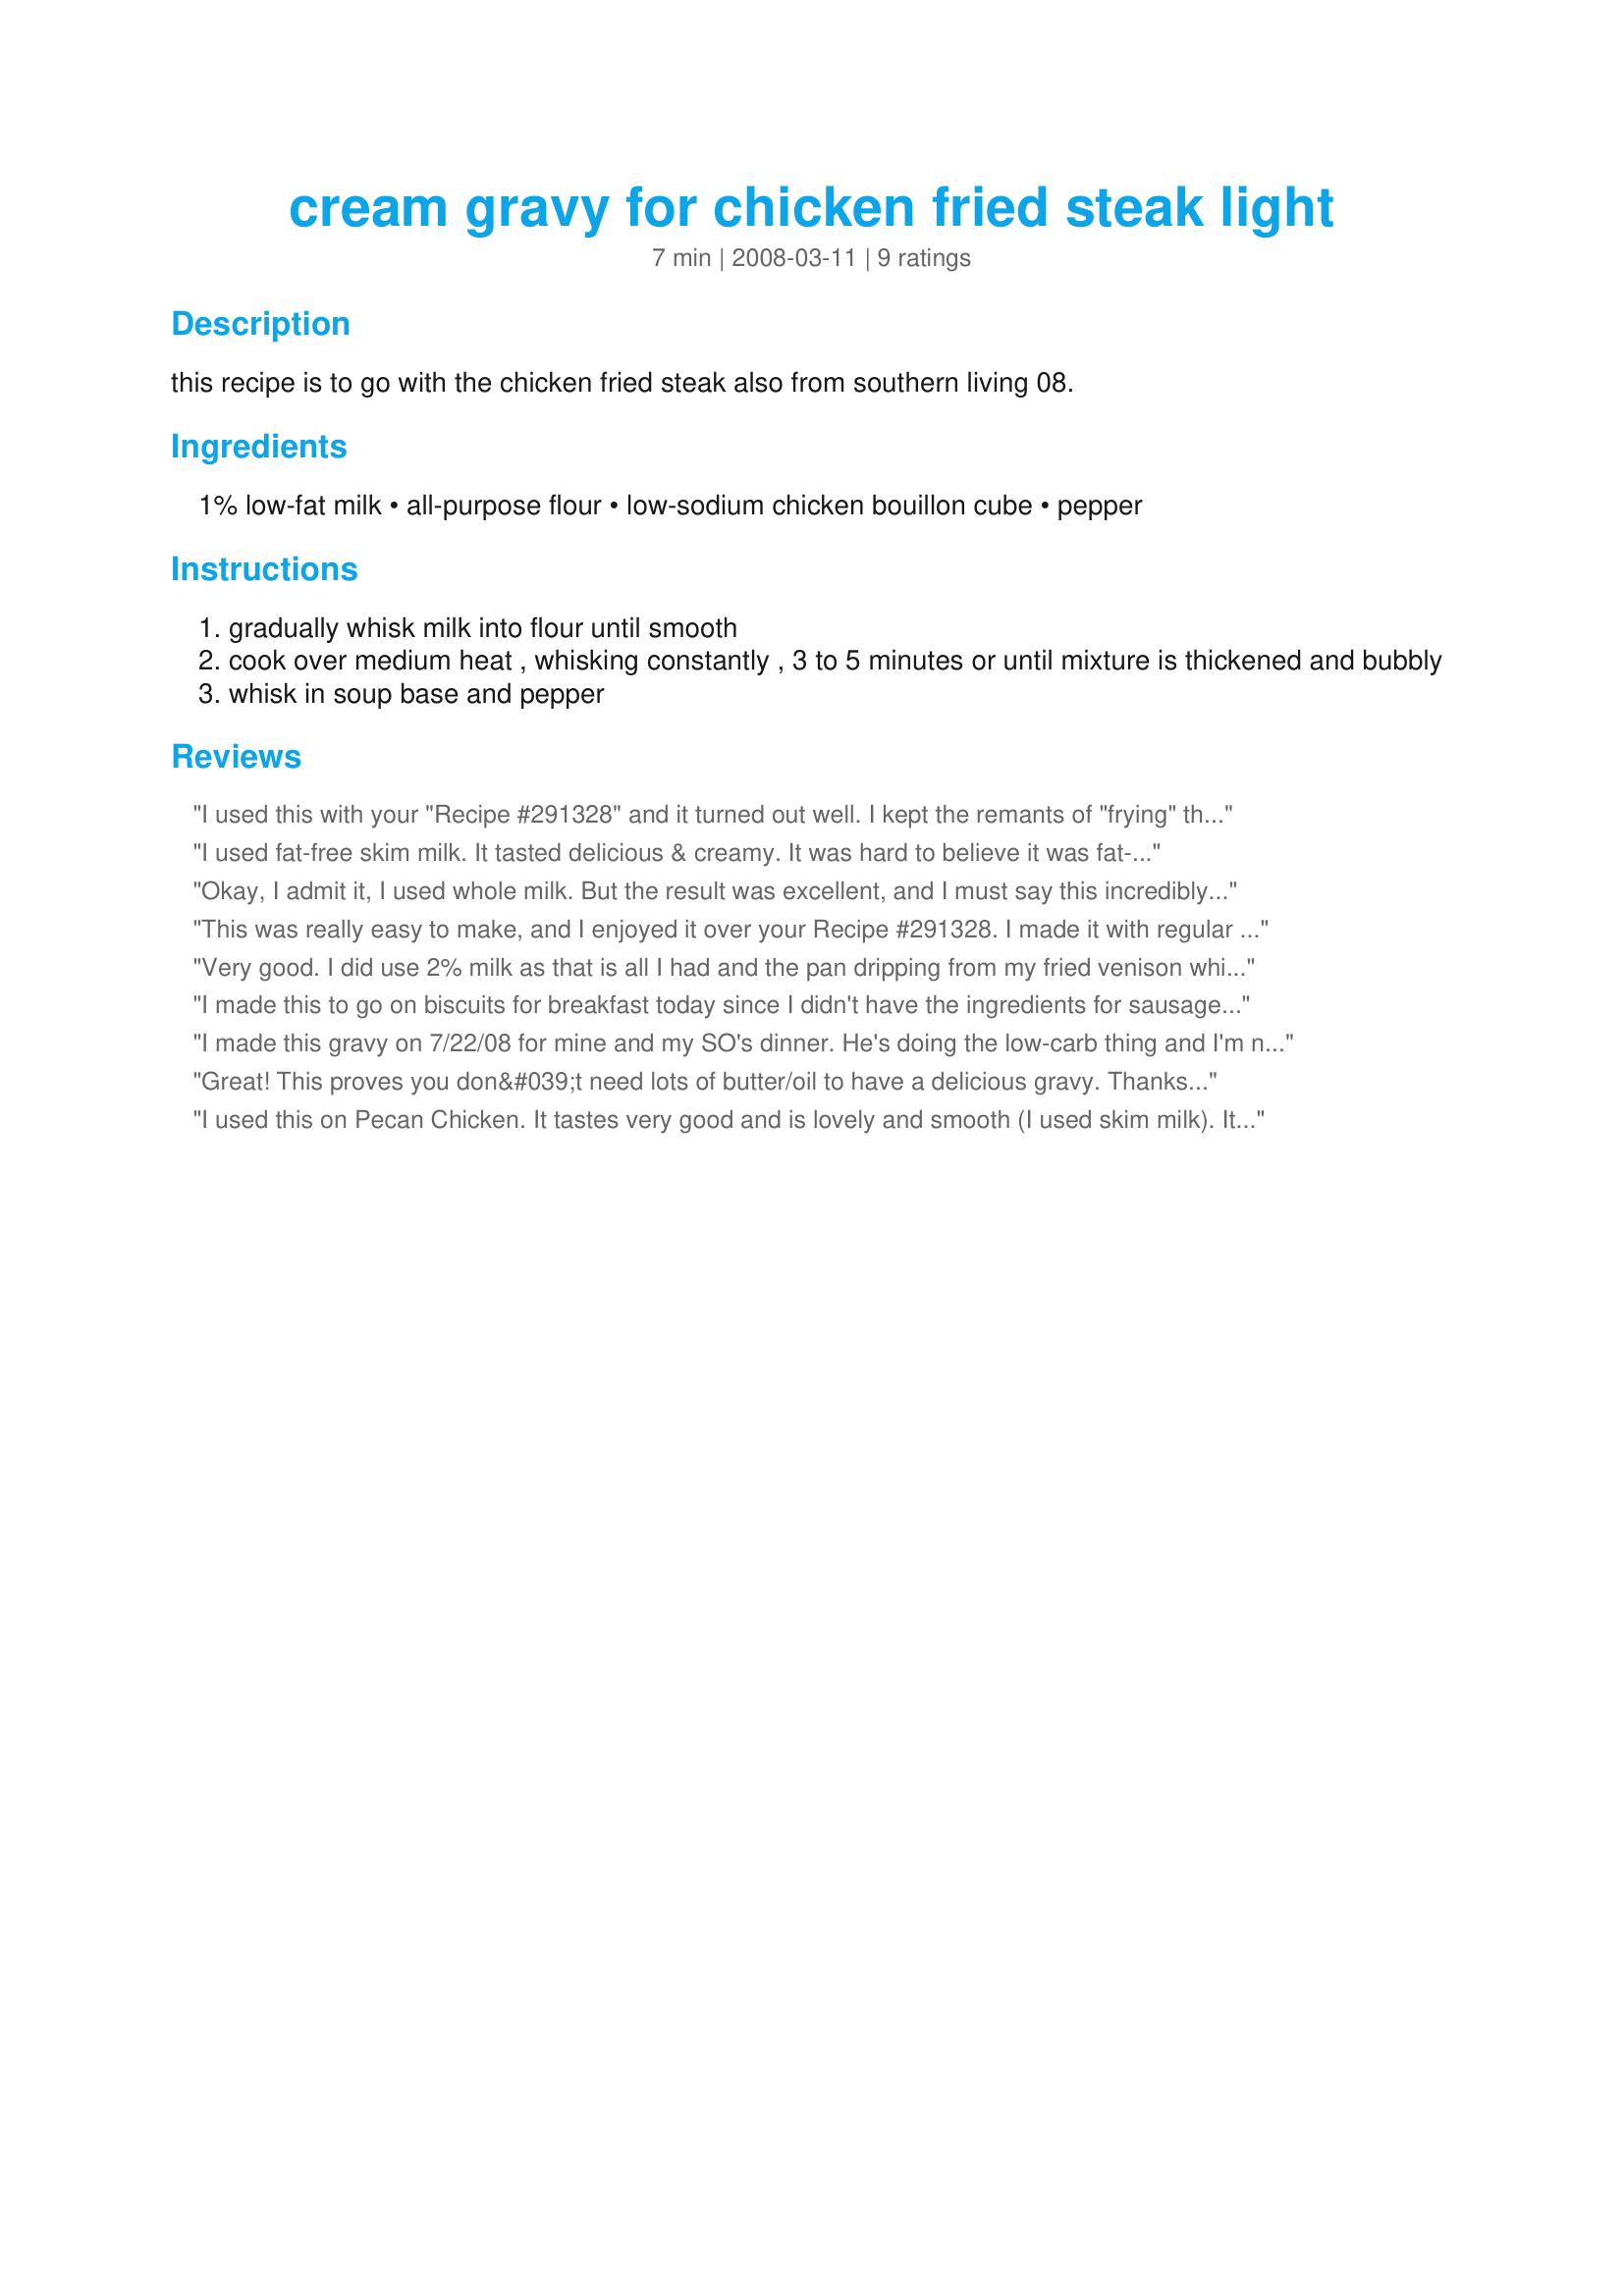
cream gravy for chicken fried steak light
Preparation time: 7 minutes

this recipe is to go with the chicken fried steak also from southern living 08.

Ingredients:
1% low-fat milk, all-purpose flour, low-sodium chicken bouillon cube, pepper

Steps:
gradually whisk milk into flour until smooth
cook over medium heat , whisking constantly , 3 to 5 minutes or until mixture is thickened and bubbly
whisk in soup base and pepper

Reviews:
I used this with your "Recipe #291328" and it turned out well. I kept the remants of "frying" the steaks in the skillet and made the gravy using those bits and pieces to add a bit more flavor. Used homemade chicken stock instead of a bouillon cube and just reduced the milk by a 1/2 c to make up for the liquid of the stock. Great recipe and I can see using it with breaded chicken too. Thanks for sharing. Made for Zaar Chef Alphabet Soup Tag.
I used fat-free skim milk. It tasted delicious & creamy. It was hard to believe it was fat-free!
Okay, I admit it, I used whole milk. But the result was excellent, and I must say this incredibly easy recipe is the real deal. I put it over turkey schnitzel and it was a big hit.
This was really easy to make, and I enjoyed it over your Recipe #291328. I made it with regular chicken bouillon cubes, and can't stress enough how important it is to use the low sodium.....mine was very salty! My fault since I didn't use the correct bouillon cubes. This thickens up really quickly and looks great. Thanks for sharing!
Very good. I did use 2% milk as that is all I had and the pan dripping from my fried venison which added a lot of flavor to the gravy, but even without that, this gravy is delicious and so simple to make. I had to add just a little more milk to mine as it was a little thick. This thickens up very quickly. Thanks Ms Sally Made for I Recommend
I made this to go on biscuits for breakfast today since I didn't have the ingredients for sausage gravy. I used 2% milk instead of 1%. It was easy and really good with the addition of a little salt and pepper at the table. I will be keeping this recipe around. Thanks!
I made this gravy on 7/22/08 for mine and my SO's dinner. He's doing the low-carb thing and I'm not, so I've been trying to find recipes that we both enjoy. And I have to tell you we BOTH enjoyed thise recipe very much.I know the title says it should be used for chicken fried steak, but I fried up a couple of boneless skinless chicken breasts and the gravy went perfectly with them.I cut the recipe in half so neither one of us would be tempted to eat more than we should. I used just a little less than a 1/2 Tablespoon of the powdered chicken bouillon.After frying the chicken, I made the gravy in the same pan, so I could get the "yummy" pieces that were left behind. And I have to tell you this gravy "hit the right spot" as far as being a very good "comfort food" This will be made again. Thank you for posting and, "Keep Smiling :)"
Great! This proves you don&#039;t need lots of butter/oil to have a delicious gravy. Thanks for sharing.
I used this on Pecan Chicken. It tastes very good and is lovely and smooth (I used skim milk). It's really a good multiple use recipe. I'm thinking of using it for the gravy in a chicken pot pie come next Fall. You sure can't get any easier. Thanks MsSally :D. Made for Photo Tag.
